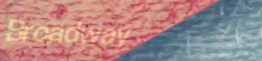
Broadway